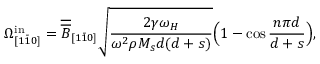
\Omega _ { [ 1 \bar { 1 } 0 ] } ^ { \mathrm { i n } } = \overline { { \overline { { B } } } } _ { [ 1 \bar { 1 } 0 ] } \sqrt { \frac { 2 \gamma \omega _ { H } } { \omega ^ { 2 } \rho M _ { s } d ( d + s ) } } \Big ( 1 - \cos { \frac { n \pi d } { d + s } } \Big ) ,